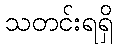
သတင်းရရှိ